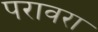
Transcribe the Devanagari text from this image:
परावरा